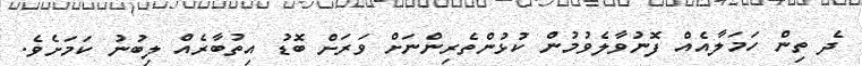
ދެ ތިން ހަމަލާއެއް ފޮނުވާލެވުމުން ކުޅުންތެރިންނަށް ވަރަށް ބޮޑު އިތުބާރެއް ލިބުނު ކަމަށެވެ.